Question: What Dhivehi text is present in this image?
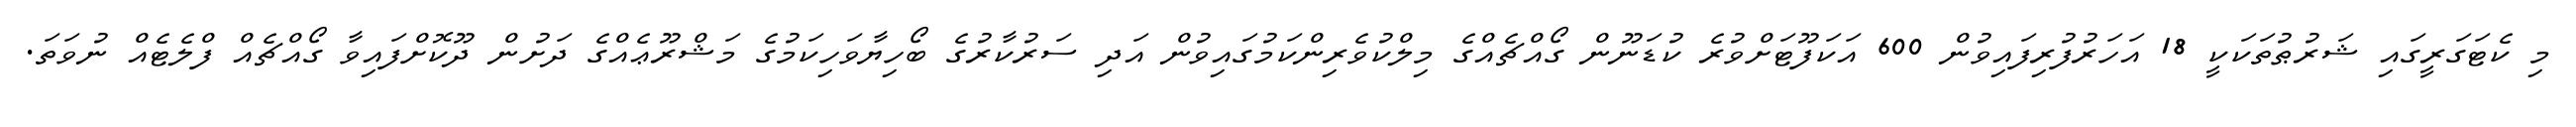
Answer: މި ކެޓަގަރީގައި ޝަރުޠުތަކަކީ 18 އަހަރުފުރިފައިވުން 600 އަކަފޫޓަށްވުރެ ކުޑަނޫން ގޯއްޗެއްގެ މިލްކުވެރިންކަމުގައިވުން އަދި ސަރުކާރުގެ ބޯހިޔާވަހިކަމުގެ މަޝްރޫޢެއްގެ ދަށުން ދޫކޮށްފައިވާ ގޯއްޗެއް ފްލެޓެއް ނުވަތަ.